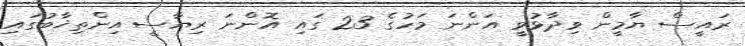
ރައީސް ޔާމީން ވިދާޅުވީ އަންނަ މަހުގެ 23 ގައި އޮންނަ ރިޔާސީ އިންތިޚާބުގައި